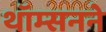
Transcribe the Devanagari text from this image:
थॉम्सनने